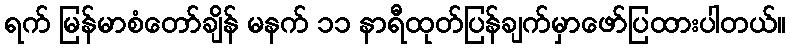
ရက် မြန်မာစံတော်ချိန် မနက် ၁၁ နာရီထုတ်ပြန်ချက်မှာဖော်ပြထားပါတယ်။